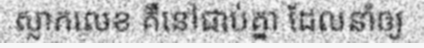
ស្លាកលេខ គឺនៅជាប់គ្នា ដែលនាំឲ្យ